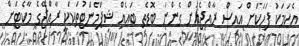
އެކަމަކު ފަހަކަށް އައިސް ރާއްޖެއަށް ގެންނަ ބޮޑެތި ބައެއް ޝިޕްމެންޓުތަކަކީ ރާއްޖޭގެ މާކެޓަށް